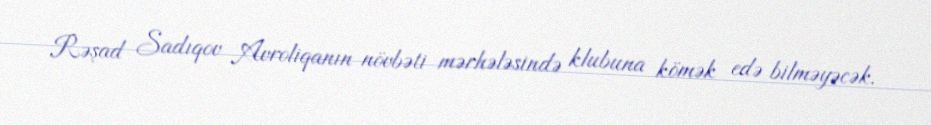
Rəşad Sadıqov Avroliqanın növbəti mərhələsində klubuna kömək edə bilməyəcək.